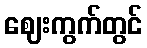
ဈေးကွက်တွင်